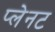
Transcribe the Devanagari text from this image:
प्लेनट